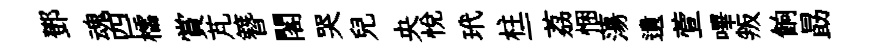
鄧魂四櫺賞芃簪閣哭兒央悦玳柱一荔悃蕩遺萱嗶叛餉勗